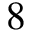
8